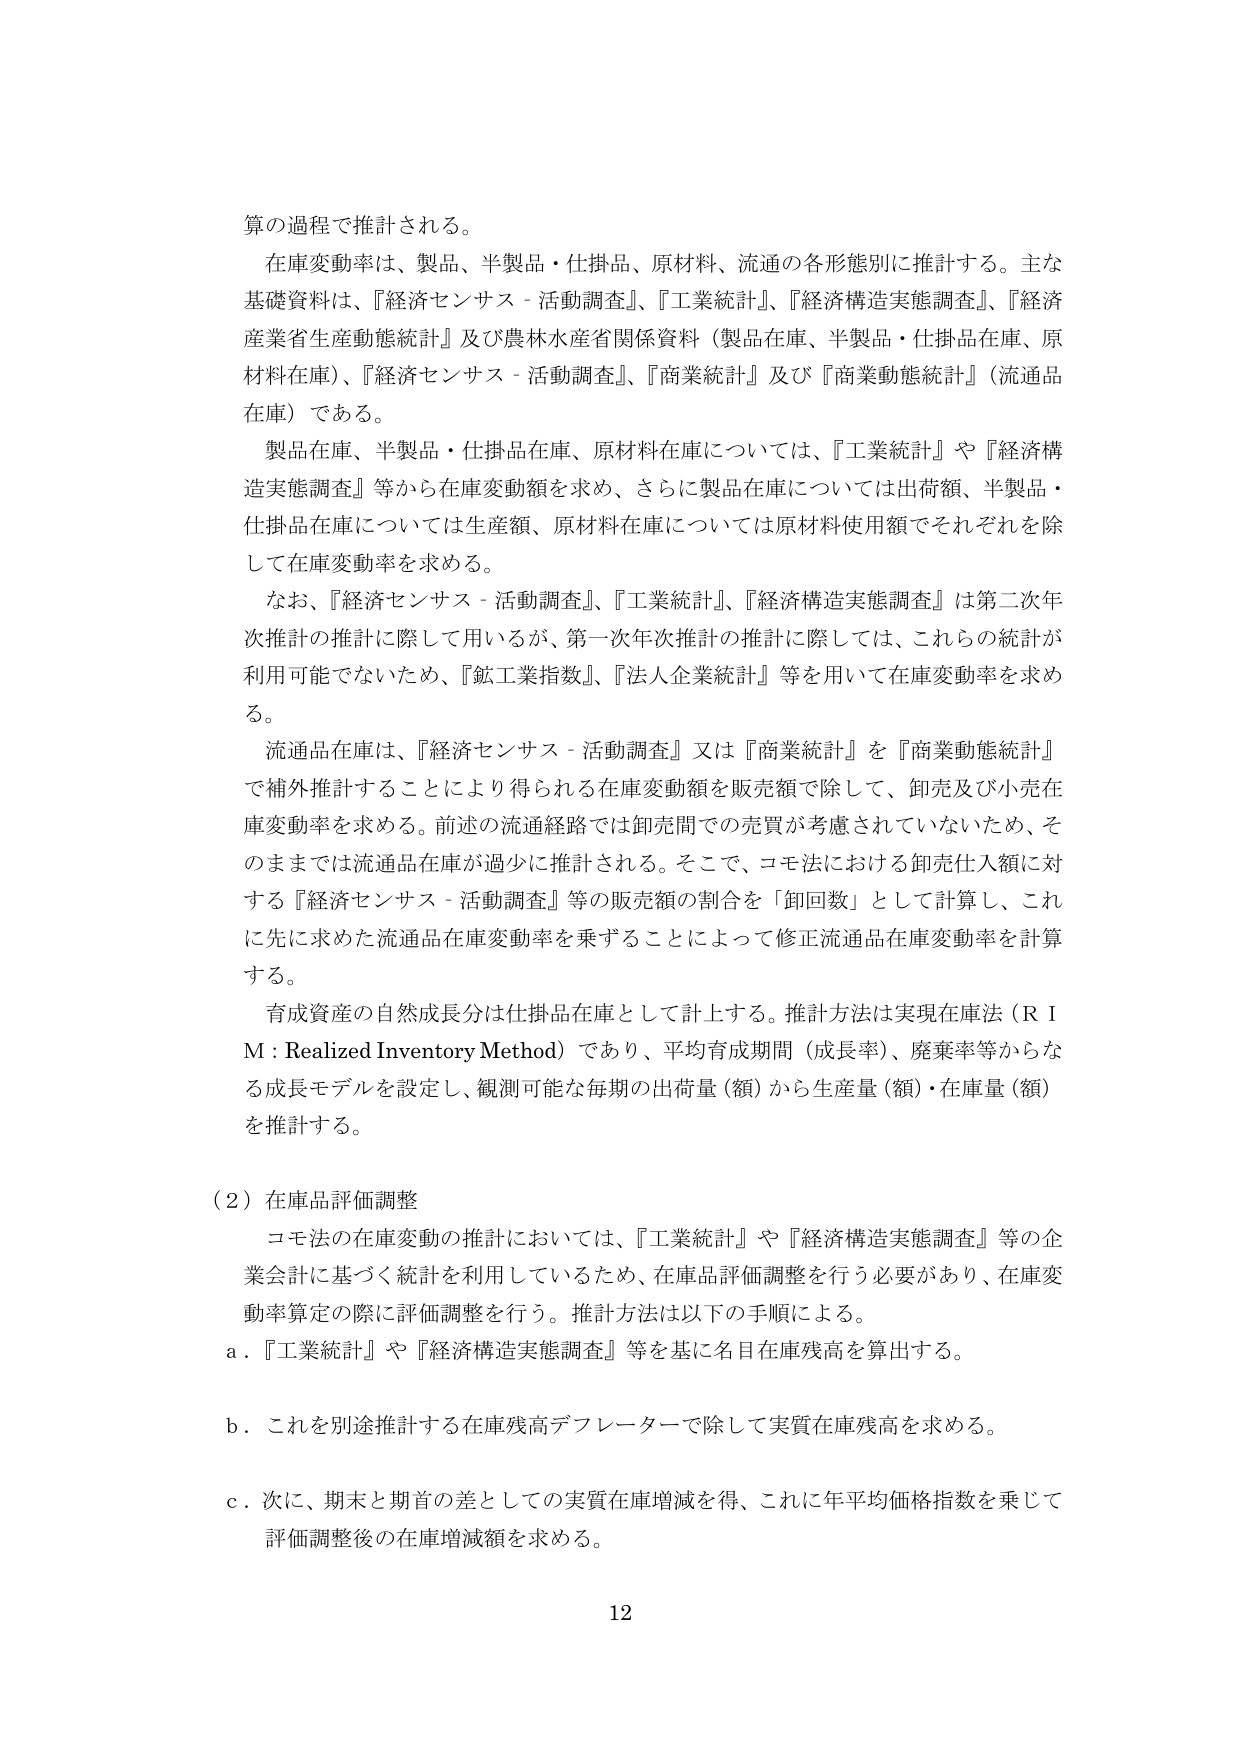
算の過程で推計される。

在庫変動率は、製品、半製品・仕掛品、原材料、流通の各形態別に推計する。主な基礎資料は、『経済センサス－活動調査』、『工業統計』、『経済構造実態調査』、『経済産業省生産動態統計』及び農林水産省関係資料（製品在庫、半製品・仕掛品在庫、原材料在庫）、『経済センサス－活動調査』、『商業統計』及び『商業動態統計』（流通品在庫）である。

製品在庫、半製品・仕掛品在庫、原材料在庫については、『工業統計』や『経済構造実態調査』等から在庫変動額を求め、さらに製品在庫については出荷額、半製品・仕掛品在庫については生産額、原材料在庫については原材料使用額でそれぞれを除して在庫変動率を求める。

なお、『経済センサス－活動調査』、『工業統計』、『経済構造実態調査』は第二次年次推計の推計に際して用いるが、第一次年次推計の推計に際しては、これらの統計が利用可能でないため、『鉱工業指数』、『法人企業統計』等を用いて在庫変動率を求める。

流通品在庫は、『経済センサス－活動調査』又は『商業統計』を『商業動態統計』で補外推計することにより得られる在庫変動額を販売額で除して、卸売及び小売在庫変動率を求める。前述の流通経路では卸売問での売買が考慮されていないため、そのままでは流通品在庫が過少に推計される。そこで、コモ法における卸売仕入額に対する『経済センサス－活動調査』等の販売額の割合を「卸回数」として計算し、これに先に求めた流通品在庫変動率を乗ずることによって修正流通品在庫変動率を計算する。

育成資産の自然成長分は仕掛品在庫として計上する。推計方法は実現在庫法（R I M：Realized Inventory Method）であり、平均育成期間（成長率）、廃棄率等からなる成長モデルを設定し、観測可能な毎期の出荷量（額）から生産量（額）・在庫量（額）を推計する。

（2）在庫品評価調整

コモ法の在庫変動の推計においては、『工業統計』や『経済構造実態調査』等の企業会計に基づく統計を利用しているため、在庫品評価調整を行う必要があり、在庫変動率算定の際に評価調整を行う。推計方法は以下の手順による。

a．『工業統計』や『経済構造実態調査』等を基に名目在庫残高を算出する。

b．これを別途推計する在庫残高デフレーターで除して実質在庫残高を求める。

c．次に、期末と期首の差としての実質在庫増減を得、これに年平均価格指数を乗じて評価調整後の在庫増減額を求める。

12